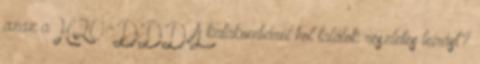
azaz a H2O:-DDD A katakombáról hol találok részletes leírást?